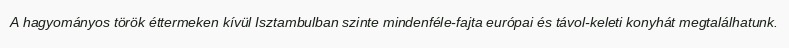
A hagyományos török éttermeken kívül Isztambulban szinte mindenféle-fajta európai és távol-keleti konyhát megtalálhatunk.